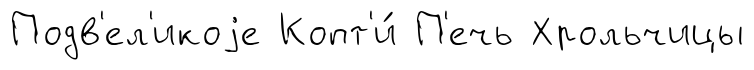
Подв'ел'икоjе Копт'и́ П'ечь Хрольчицы